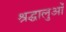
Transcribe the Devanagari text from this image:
श्रद्घालुओं